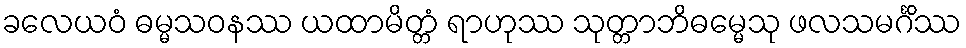
ခလေယဝံ ဓမ္မသဝနဿ ယထာမိတ္တံ ရာဟုဿ သုတ္တာဘိဓမ္မေသု ဖလသမင်္ဂိဿ